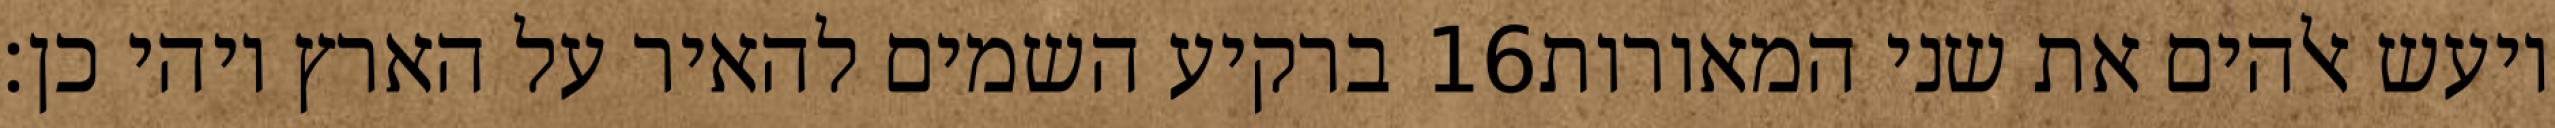
ברקיע השמים להאיר על הארץ ויהי כן׃ ‎16‏ ויעש אלהים את שני המאורות